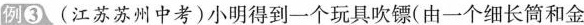
例③(江苏苏州中考)小明得到一个玩具吹镖(由一个细长筒和金